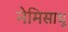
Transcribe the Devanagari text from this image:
नेमिसाधु